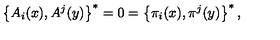
\left\{ A _ { i } ( x ) , A ^ { j } ( y ) \right\} ^ { * } = 0 = \left\{ \pi _ { i } ( x ) , \pi ^ { j } ( y ) \right\} ^ { * } ,